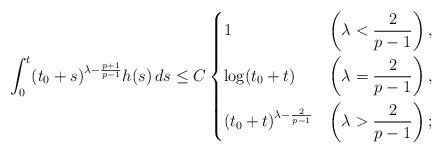
LaTeX: \begin{align*} \int_0^t (t_0 + s)^{\lambda - \frac{p+1}{p-1}}h(s) \,ds &\le C \begin{dcases} 1 &\left( \lambda < \frac{2}{p-1} \right),\\ \log(t_0+t) &\left( \lambda = \frac{2}{p-1} \right),\\ (t_0+t)^{\lambda - \frac{2}{p-1}} &\left( \lambda > \frac{2}{p-1} \right); \end{dcases}\end{align*}